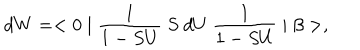
LaTeX: d W = < 0 \mid \frac { 1 } { 1 - S U } ~ S ~ d U ~ \frac { 1 } { 1 - S U } \mid \beta > ,